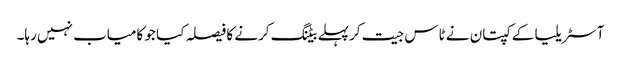
آسٹریلیا کے کپتان نے ٹاس جیت کرپہلے بیٹنگ کرنے کا فیصلہ کیا جو کامیاب نہیں رہا۔